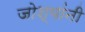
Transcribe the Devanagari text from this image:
जोश्यांनी